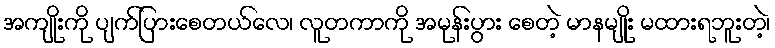
အကျိုးကို ပျက်ပြားစေတယ်လေ၊ လူတကာကို အမုန်းပွား စေတဲ့ မာနမျိုး မထားရဘူးတဲ့၊